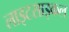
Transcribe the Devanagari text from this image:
लाइटसाइकल